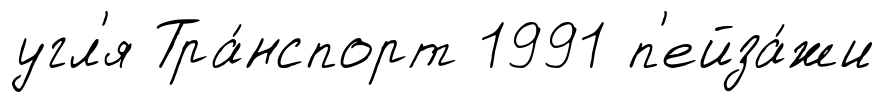
угл'я Тра́нспорт 1991 п'ейза́жи